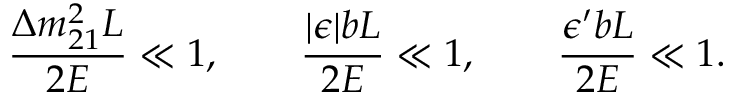
\frac { \Delta m _ { 2 1 } ^ { 2 } L } { 2 E } \ll 1 , \qquad \frac { | \epsilon | b L } { 2 E } \ll 1 , \qquad \frac { \epsilon ^ { \prime } b L } { 2 E } \ll 1 .